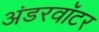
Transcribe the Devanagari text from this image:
अंडरवॉटर